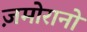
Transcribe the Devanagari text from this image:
ज़मोरानो